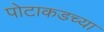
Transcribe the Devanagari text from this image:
पोटाकडच्या